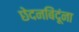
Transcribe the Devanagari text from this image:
छेदनबिंदूंना